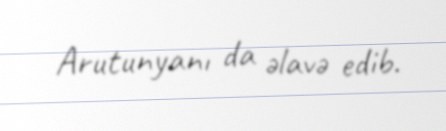
Arutunyanı da əlavə edib.